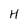
Character: H